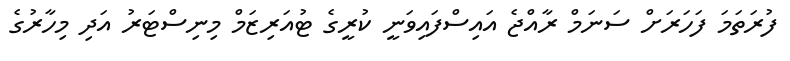
ފުރަތަމަ ފަހަރަށް ސަނަމް ރާއްޖެ އައިސްފައިވަނީ ކުރީގެ ޓުއަރިޒަމް މިނިސްޓަރު އަދި މިހާރުގެ